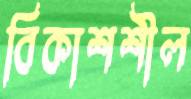
বিকাশশীল